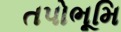
તપોભૂમિ